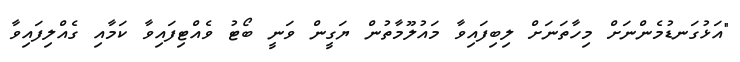
"އަޅުގަނޑުމެންނަށް މިހާތަނަށް ލިބިފައިވާ މައުލޫމާތުން ޔަގީން ވަނީ ބޯޓު ވެއްޓިފައިވާ ކަމާއި ގެއްލިފައިވާ